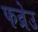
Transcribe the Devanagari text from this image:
फव्रेउ